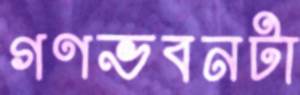
গণভবনটা